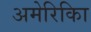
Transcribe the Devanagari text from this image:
अमेरिकिा